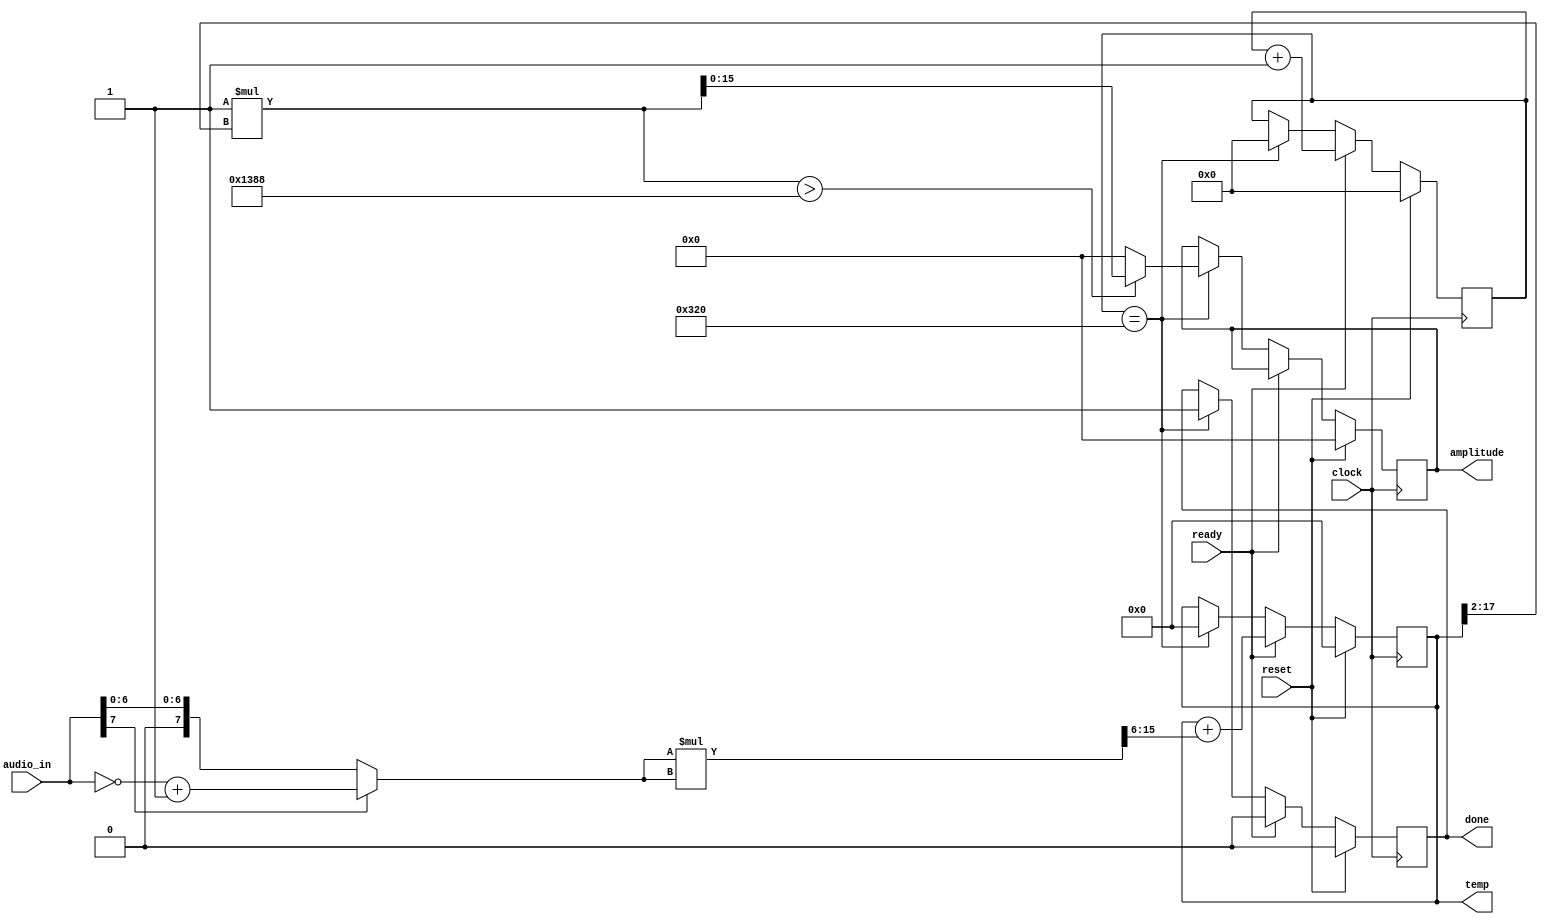
`timescale 1ns / 1ps
//////////////////////////////////////////////////////////////////////////////////
// Company: 
// Engineer: 
// 
// Design Name: 
// Module Name:    audio_amplitude2 
// Project Name: 
// Target Devices: 
// Tool versions: 
// Description: 
//
// Dependencies: 
//
// Revision: 
// Revision 0.01 - File Created
// Additional Comments: 
//
//////////////////////////////////////////////////////////////////////////////////
module audio_amplitude2(
    input clock,//system clock
    input reset,//system reset
    input ready,//ready signal from ac97
    input [7:0] audio_in,//audio signal from ac97
    output [15:0] amplitude,//output integrated data
	 output [17:0] temp,//temp data for debugging
	 output done //output done signal
    );

	//PARAMETERS
	parameter MULTIPLY = 1; //multiply value for normalizing
	parameter THRESHHOLD = 5000;//Threshold for left mic to prevent too soft of data

	//output registers
	reg [9:0] count;
	reg [15:0] amplitude_reg;
	reg [17:0] tmp_reg;
	reg done_reg;
		
	wire [7:0] data;
	
	assign data = ((audio_in[7])? (~audio_in + 1): audio_in); //taking the magnitude of the signed data
	
	always @(posedge clock)begin
		if(reset) begin//on reset clear the registers
			amplitude_reg <= 0;
			count <= 0;
			tmp_reg <= 0;
			done_reg <= 0;
		end
		else begin
			if(ready) begin //add in each new data squared into temp
				tmp_reg <= tmp_reg + ((data*data)>>6);
				count <= count+1;
				done_reg <= 0;
			end
			else if(count == 10'd800) begin //one have 800 data multiply and store as amplitude
				amplitude_reg <= ((MULTIPLY*tmp_reg[17:2] > THRESHHOLD)? MULTIPLY*tmp_reg[17:2]: 0);
				tmp_reg <= 0;
				count <= 0;
				done_reg <= 1;
			end
		end
	end
	
	//output assignments to registers
	assign amplitude = amplitude_reg;
	assign temp = tmp_reg;	
	assign done = done_reg;

endmodule